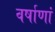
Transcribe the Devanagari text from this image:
वर्षाणां